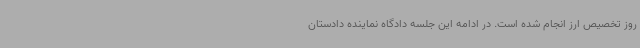
روز تخصیص ارز انجام شده است. در ادامه این جلسه دادگاه نماینده دادستان